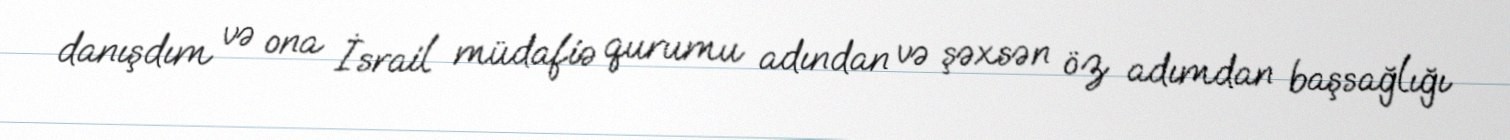
danışdım və ona İsrail müdafiə qurumu adından və şəxsən öz adımdan başsağlığı